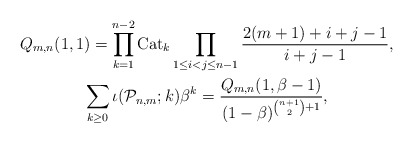
\begin{gather*} Q_{m,n}(1,1) = \prod_{k=1}^{n-2} {\rm Cat}_{k} \prod_{1\le i < j \le n-1} \frac{2(m+1)+i+j-1}{i+j-1},\\\sum_{k \ge 0} \iota ({\cal{P}}_{n,m};k) \beta^k = \frac{Q_{m,n}(1,\beta-1)}{(1-\beta)^{{n+1 \choose 2}+1}},\end{gather*}